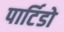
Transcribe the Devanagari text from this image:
पार्टिडो